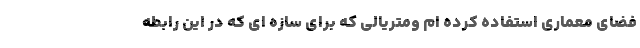
فضای معماری استفاده کرده ام ومتریالی که برای سازه ای که در این رابطه